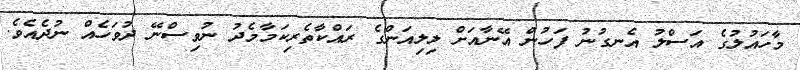
މާހައުލުގެ އަސްލު އެނގުނު ފަހުން އޭނާއަށް ލިލިއަންގެ ރައްކާތެރިކަމާމެދު ނުވިސްނޭ ދުވަހެއް ނުދެއެވެ.